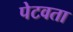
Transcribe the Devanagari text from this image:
पेटवता